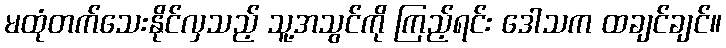
မထုံတက်သေးနိုင်လှသည့် သူ့အသွင်ကို ကြည့်ရင်း ဒေါသက ထချင်ချင်။